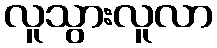
လူသွားလူလာ